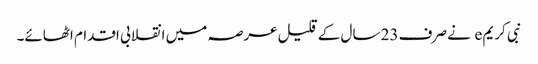
نبی کریم e نے صرف 23 سال کے قلیل عرصہ میں انقلابی اقدام اٹھائے۔